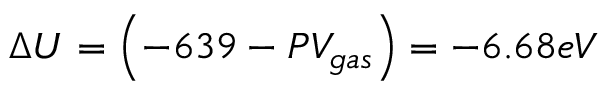
\Delta U = \left( - 6 3 9 - P V _ { g a s } \right) = - 6 . 6 8 e V